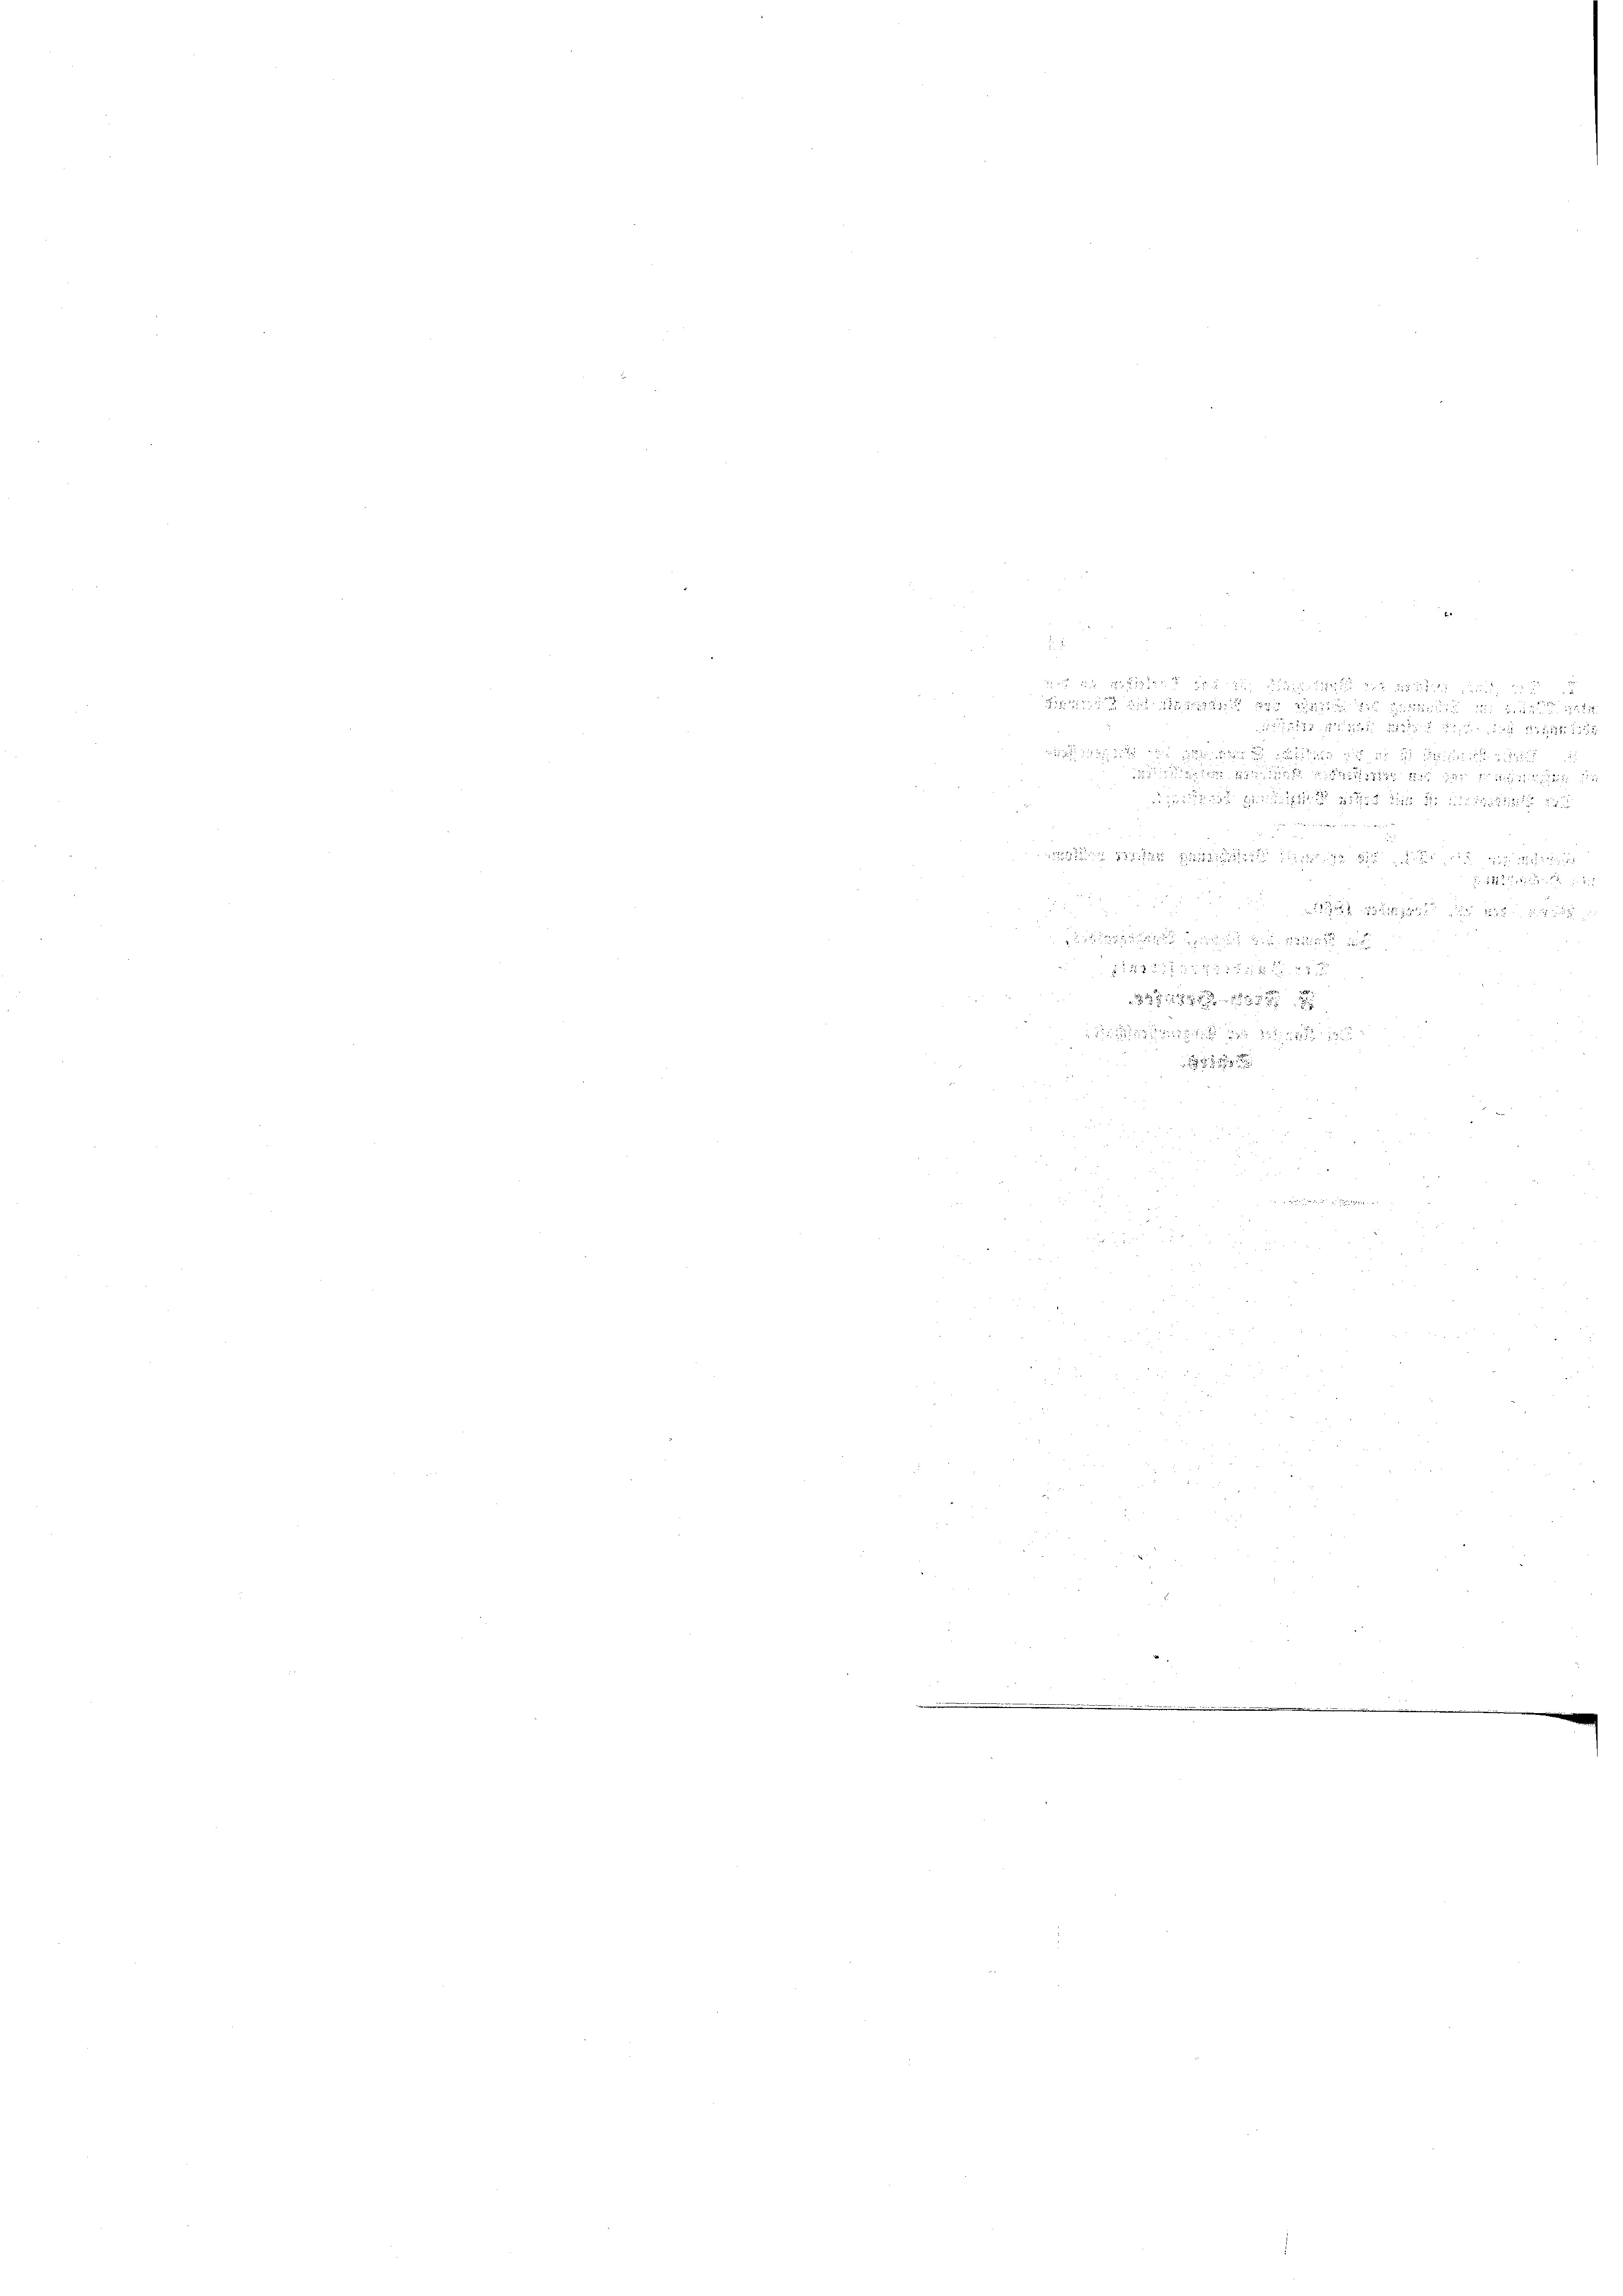
Sihl an der den die Frau

een den den ge
.

82 in die

1448 f 41 xxx 2 x 2

2

.

o

u